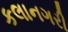
કલાનગરી